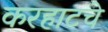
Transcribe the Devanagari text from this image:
करहाटचे